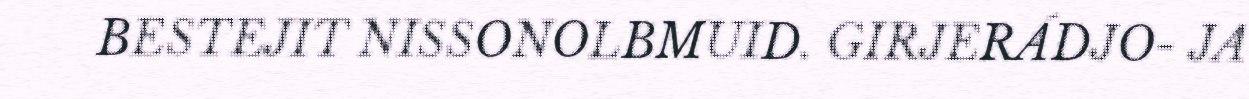
BESTEJIT NISSONOLBMUID. GIRJERÁDJO- JA